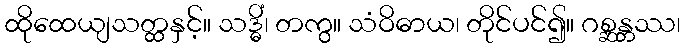
ထိုထေယျသတ္ထနှင့်။ သဒ္ဓိံ၊ တကွ။ သံဝိဓာယ၊ တိုင်ပင်၍။ ဂစ္ဆန္တဿ၊